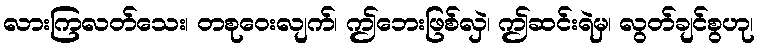
လားကြလတ်သေး၊ တစုဝေးလျက်၊ ဤဘေးဖြစ်လှဲ၊ ဤဆင်းရဲမှ၊ လွတ်ချင်စွဟု၊